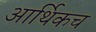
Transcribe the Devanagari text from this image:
आर्थिकच